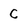
Character: c